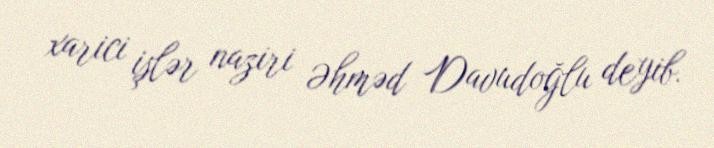
xarici işlər naziri Əhməd Davudoğlu deyib.